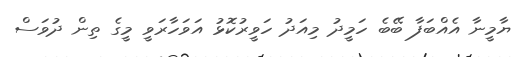
ޔާމީނާ އެއްބަފާ ބޭބެ ހަމީދު މިއަދު ހަވީރުކޮޅު އަވަހާރަވީ މީގެ ތިން ދުވަސް